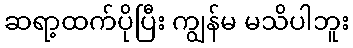
ဆရာ့ထက်ပိုပြီး ကျွန်မ မသိပါဘူး